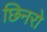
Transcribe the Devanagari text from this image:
छिनरो